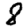
Digit: 8